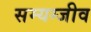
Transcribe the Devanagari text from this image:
सम्यग्जीव